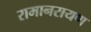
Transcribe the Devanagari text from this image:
रामानरायण